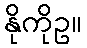
နိုကိုဥ။